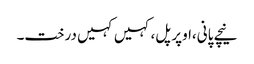
نیچے پانی،اوپر پل،کہیں کہیں درخت۔